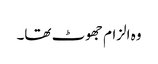
وہ الزام جھوٹ تھا۔